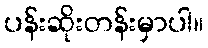
ပန်းဆိုးတန်းမှာပါ။